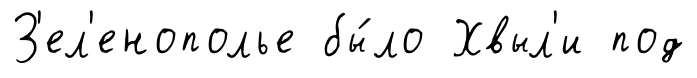
З'ел'енополье бы́ло Хвыл'и под